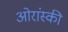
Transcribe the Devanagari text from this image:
ओरांस्की